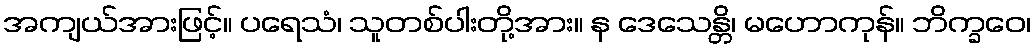
အကျယ်အားဖြင့်။ ပရေသံ၊ သူတစ်ပါးတို့အား။ န ဒေသေန္တိ၊ မဟောကုန်။ ဘိက္ခဝေ၊